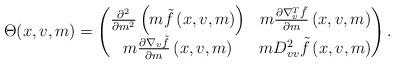
LaTeX: \begin{align*}\Theta(x,v,m)=\begin{pmatrix} \frac{\partial^2}{\partial m^2} \left( m \tilde f\left(x,v,m\right) \right) &m\frac{\partial \nabla_v ^T \tilde f}{\partial m} \left(x,v,m\right) \\ m\frac{\partial \nabla _v \tilde f}{\partial m} \left(x,v,m\right) & m D^2_{vv} \tilde f\left(x,v,m\right) \end{pmatrix}.\end{align*}